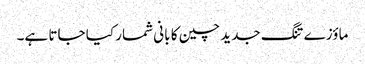
ماؤزے تنگ جدید چین کا بانی شمار کیا جاتا ہے۔